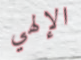
الإلهي